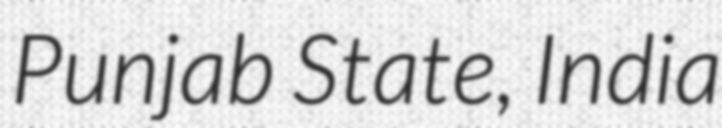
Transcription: Punjab State, India